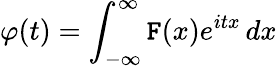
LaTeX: \varphi(t)=\int_{-\infty}^{\infty}\mathtt{F}(x)e^{itx}\, dx